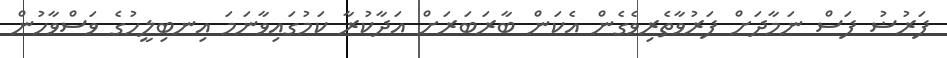
ފަރުޟު ފަސް ނަމާދަށް ފަރުވާތެރިވެގެން އެކަން ބާރަބަރަށް އަދާކުރާ ކަމުގައިވާނަމަ އިނބިލީހުގެ ވަސްވާހުން